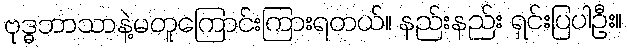
ဗုဒ္ဓဘာသာနဲ့မတူကြောင်းကြားရတယ်။ နည်းနည်း ရှင်းပြပါဦး။